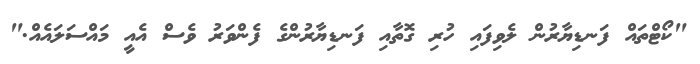
"ކޯޓްތައް ފަނޑިޔާރުން ލެވިފައި ހުރި ގޮތާއި ފަނޑިޔާރުންގެ ފެންވަރު ވެސް އެއީ މައްސަލައެއް."